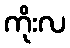
ကိုးလ